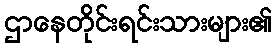
ဌာနေတိုင်းရင်းသားများ၏